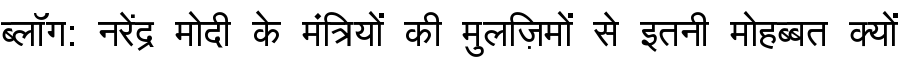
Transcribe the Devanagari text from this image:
ब्लॉग: नरेंद्र मोदी के मंत्रियों की मुलज़िमों से इतनी मोहब्बत क्यों